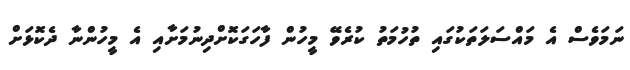
ނަމަވެސް އެ މައްސަލަތަކުގައި ތުހުމަތު ކުރެވޭ މީހުން ފާހަގަކޮށްދިނުމަށާއި އެ މީހުންނާ ދެކޮޅަށް